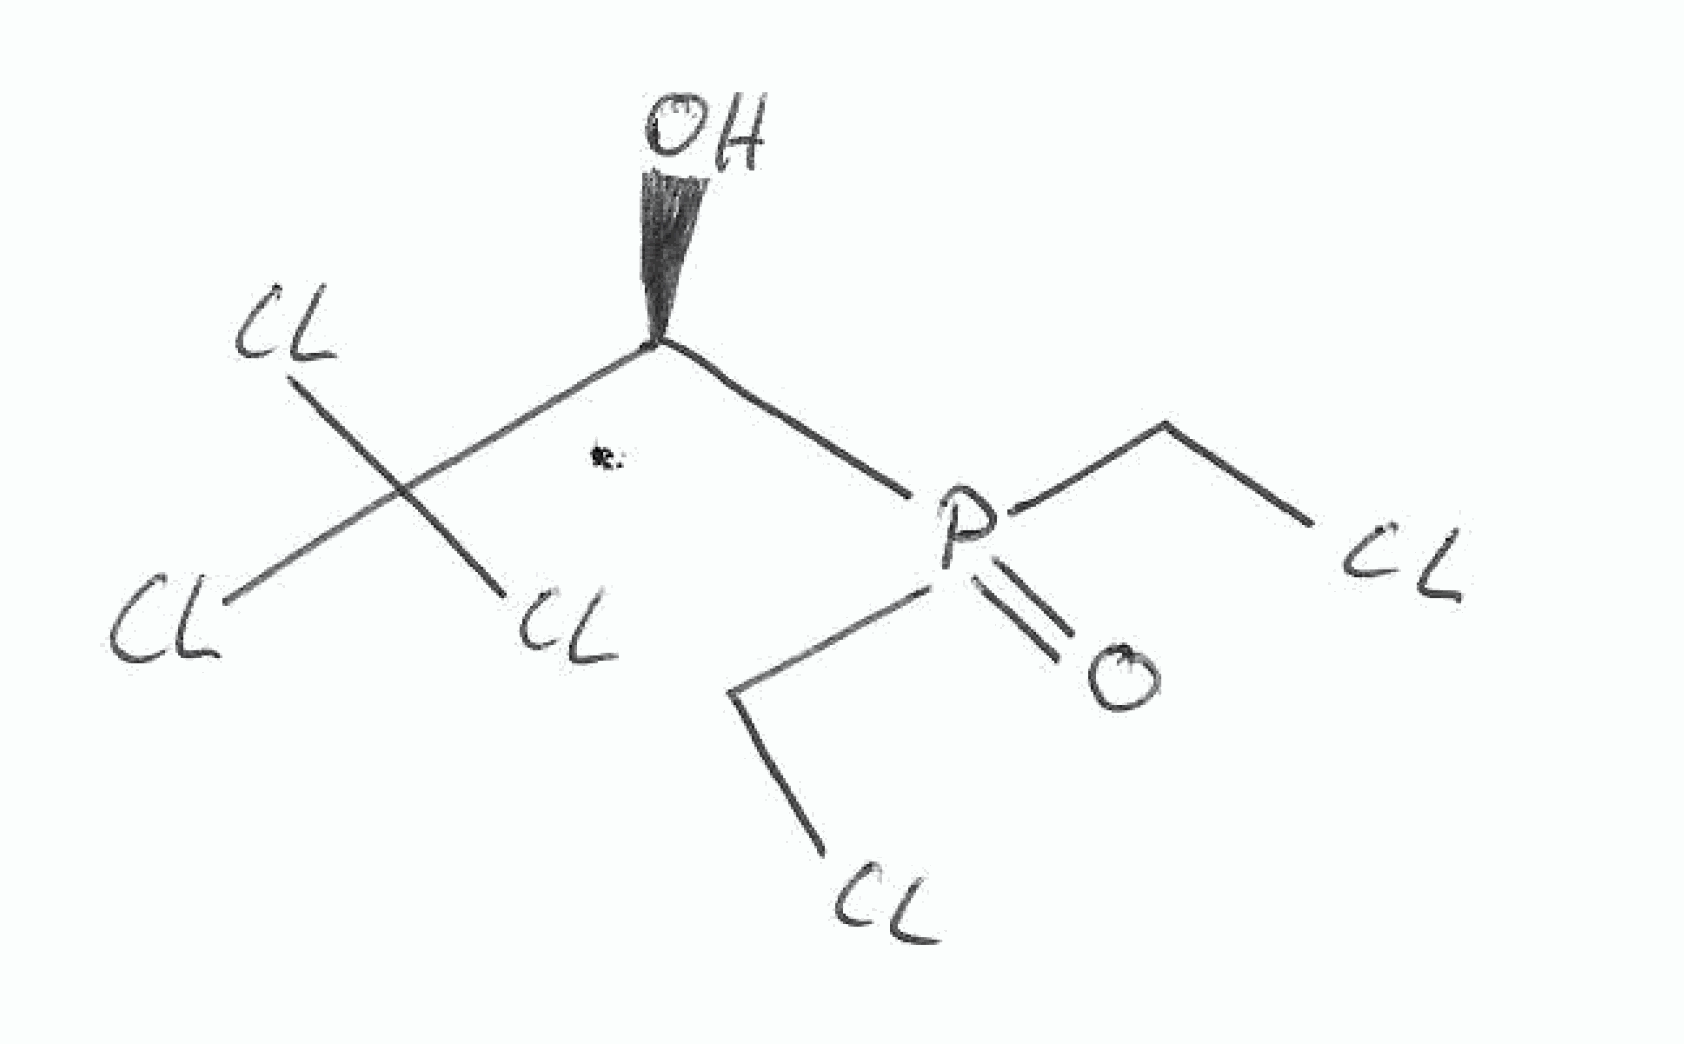
Simplified molecular-input line-entry system (SMILES) notation of the given molecule:
C(P(=O)(CCl)[C@@H](C(Cl)(Cl)Cl)O)Cl